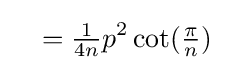
\quad ={\tfrac {1}{4n}}p^{2}\cot({\tfrac {\pi }{n}})